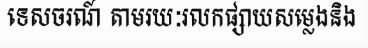
ទេសចរណ៍ តាមរយៈរលកផ្សាយសម្លេងនិង